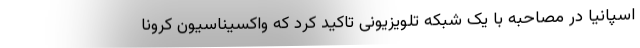
اسپانیا در مصاحبه‌ با یک شبکه تلویزیونی تاکید کرد که واکسیناسیون کرونا